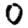
Digit: 0